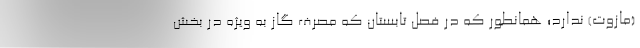
(مازوت) ندارد؛ همانطور که در فصل تابستان که مصرف گاز به ویژه در بخش